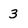
Character: 3